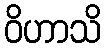
ဝိဟာသိ